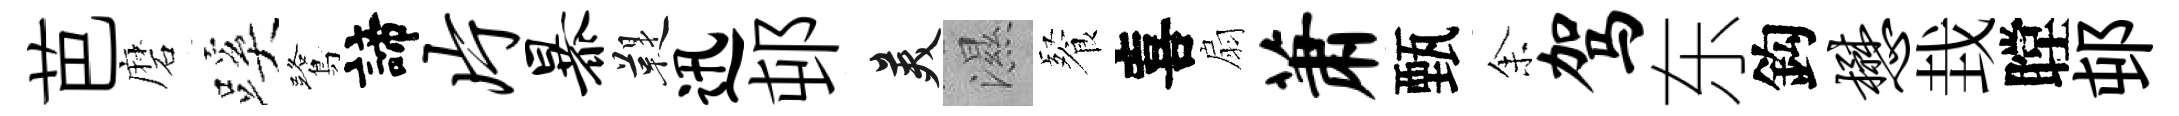
芭磨蹊鷺諦片暴鞮迅邨美濕餐喜扇萧甄𪜬驾东鈎懋㘽瞠邨